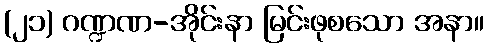
(၂၁) ဂဏ္ဍဏ-အိုင်းနာ မြင်းဖုစသော အနာ။